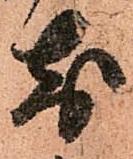
前